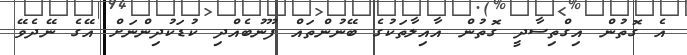
އެ ގޮތުން އިގްތިސާދީ ގޮތުން އާއިލާތަކުގެ ބޭނުންތައް ފޫނުބެއްދި ކުޑަކުދިންނަށް އޭގެ ނޭދެވޭ